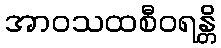
အာဝသထစီဝရန္တိ